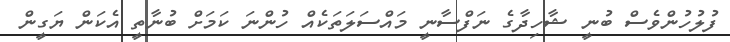
ފުލުހުންވެސް ބުނީ ޝާހިދާގެ ނަފްސާނީ މައްސަލަތަކެއް ހުންނަ ކަމަށް ބުނާތީ އެކަން ޔަގީން